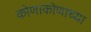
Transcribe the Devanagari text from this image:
कोणाकोणाच्या